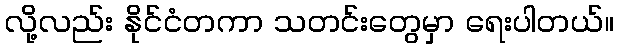
လို့လည်း နိုင်ငံတကာ သတင်းတွေမှာ ရေးပါတယ်။